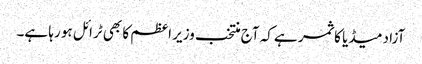
آزاد میڈیا کا ثمر ہے کہ آج منتخب وزیر اعظم کا بھی ٹرائل ہو رہا ہے۔